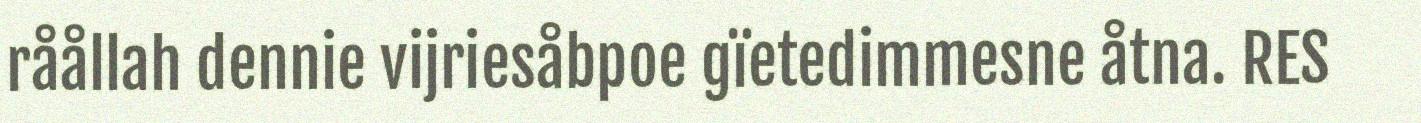
råållah dennie vijriesåbpoe gïetedimmesne åtna. RES